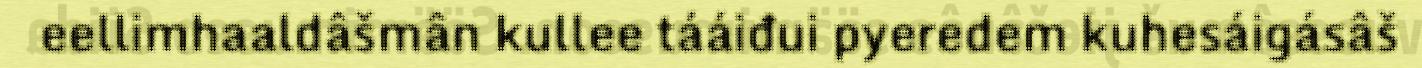
eellimhaaldâšmân kullee tááiđui pyeredem kuhesáigásâš